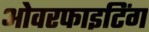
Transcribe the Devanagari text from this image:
ओवरफाइटिंग